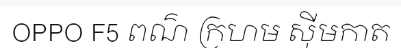
OPPO F5 ពណ៌ ក្រហម ស៊ីមកាត